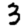
Digit: 3